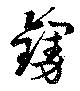
鏝